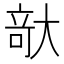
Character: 𪥘